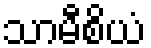
သာမီစိယံ